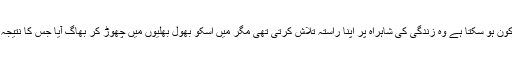
اس کی موت کا باعث میرے سوا اور کون ہو سکتا ہے وہ زندگی کی شاہراہ پر اپنا راستہ تلاش کرتی تھی مگر میں اسکو بھول بھلیوں میں چھوڑ کر بھاگ آیا جس کا نتیجہ یہ ہوا کہ وہ بھٹک گئی میں مجرم تھا۔